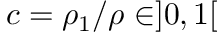
c = \rho _ { 1 } / \rho \in ] 0 , 1 [